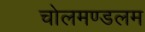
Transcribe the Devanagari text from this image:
चोलमण्डलम